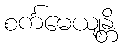
စင်္ကမေယျန္တိ